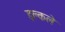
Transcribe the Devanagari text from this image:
इल्कले